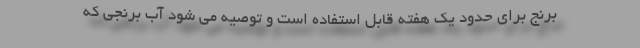
برنج برای حدود یک هفته قابل استفاده است و توصیه می شود آب برنجی که